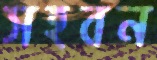
সহবন